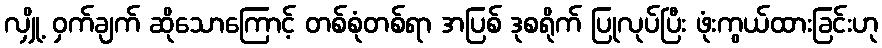
လျှို့ ဝှက်ချက် ဆိုသောကြောင့် တစ်စုံတစ်ရာ အပြစ် ဒုစရိုက် ပြုလုပ်ပြီး ဖုံးကွယ်ထားခြင်းဟု